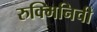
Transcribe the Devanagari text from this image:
रुक्मिनिची